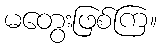
မတွေးဖြစ်ကြ။